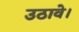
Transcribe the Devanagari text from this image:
उठावे।